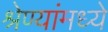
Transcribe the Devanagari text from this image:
श्रेण्यांमध्ये